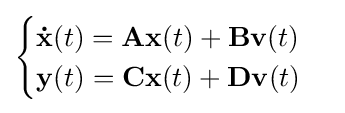
{\begin{cases}\mathbf {\dot {x}} (t)=\mathbf {Ax} (t)+\mathbf {Bv} (t)\\\mathbf {y} (t)=\mathbf {Cx} (t)+\mathbf {Dv} (t)\\\end{cases}}